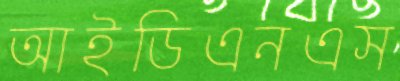
আইডিএনএস